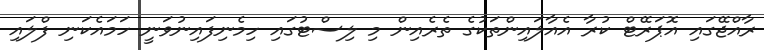
ރާއްޖޭގައި އޮޕަރޭޓް ކުރާ އެއާލައިންތަކުގެ ތެރެއިން މި ލިސްޓުގައި ހިމެނިފައިނުވަނީ ހަމައެކަނި ފްލައި